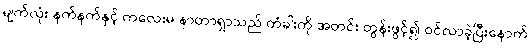
မျက်လုံး နက်နက်နှင့် ကလေးမ နာတာရှာသည် တံခါးကို အတင်း တွန်းဖွင့်၍ ဝင်လာခဲ့ပြီးနောက်